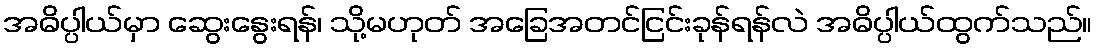
အဓိပ္ပါယ်မှာ ဆွေးနွေးရန်၊ သို့မဟုတ် အခြေအတင်ငြင်းခုန်ရန်လဲ အဓိပ္ပါယ်ထွက်သည်။